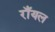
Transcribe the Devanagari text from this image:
राँयल